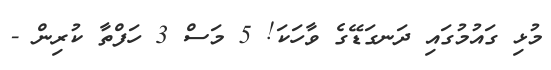
މުޅި ގައުމުގައި ދަނގަޑޭގެ ވާހަކަ! 5 މަސް 3 ހަފްތާ ކުރިން -